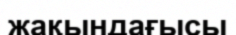
жақындағысы